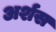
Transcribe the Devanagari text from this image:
अर्शस